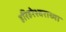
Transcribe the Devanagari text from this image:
हरिहरेश्वराच्या